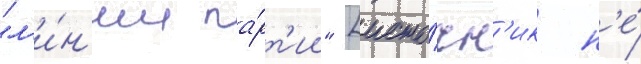
"л'и́н'ии па́рт'ии" [исто́чн'ик н'е́